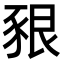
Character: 豤